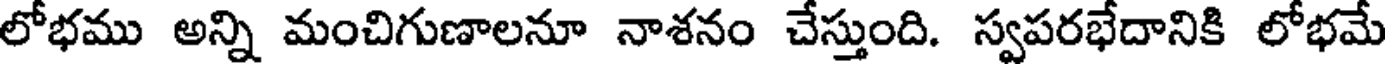
లోభము అన్ని మంచిగుణాలనూ నాశనం చేస్తుంది. స్వపరభేదానికి లోభమే